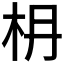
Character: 𣏵